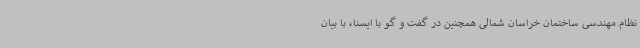
نظام مهندسی ساختمان خراسان شمالی همچنین در گفت و گو با ایسنا، با بیان